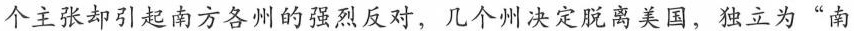
个主张却引起南方各州的强烈反对，几个州决定脱离美国，独立为”南